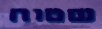
שטוח